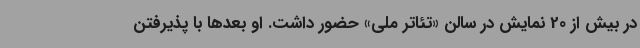
در بیش از 20 نمایش در سالن «تئاتر ملی» حضور داشت. او بعدها با پذیرفتن